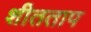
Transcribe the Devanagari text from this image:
शीतताप